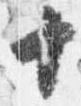
十